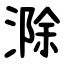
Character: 滁